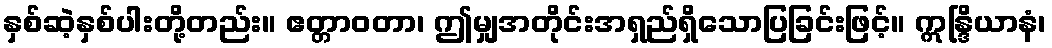
နှစ်ဆဲ့နှစ်ပါးတို့တည်း။ ဧတ္တာဝတာ၊ ဤမျှအတိုင်းအရှည်ရှိသောပြခြင်းဖြင့်။ ဣန္ဒြိယာနံ၊